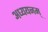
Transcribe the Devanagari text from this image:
अध्ययनम्